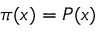
\pi ( x ) = P ( x )